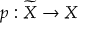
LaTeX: p : { \widetilde { X } } \to X